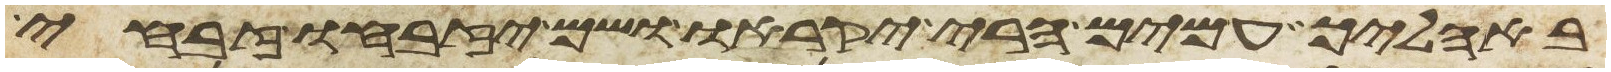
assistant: באהליך עמים הרי יקראו ושם יזבחו זבחי